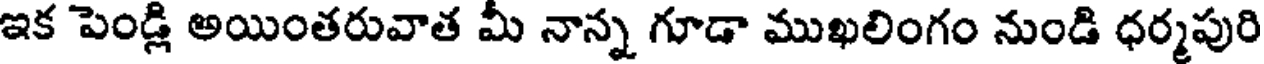
ఇక పెండ్లి అయింతరువాత మీ నాన్న గూడా ముఖలింగం నుండి ధర్మపురి